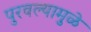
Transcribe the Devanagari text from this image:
पुरवल्यामुळे